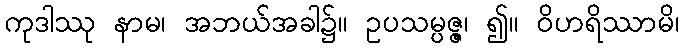
ကုဒါဿု နာမ၊ အဘယ်အခါ၌။ ဥပသမ္ပဇ္ဇ၊ ၍။ ဝိဟရိဿာမိ၊